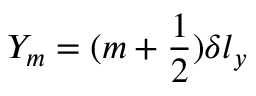
Y _ { m } = ( m + \frac { 1 } { 2 } ) { \delta l _ { y } }